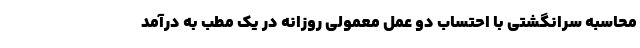
محاسبه سرانگشتی با احتساب دو عمل معمولی روزانه در یک مطب به درآمد